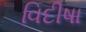
વિદીષા